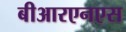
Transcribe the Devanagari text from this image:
बीआरएनएस